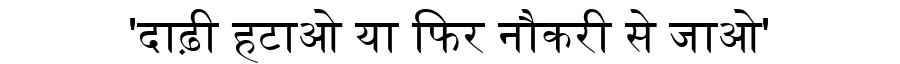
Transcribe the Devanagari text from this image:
'दाढ़ी हटाओ या फिर नौकरी से जाओ'